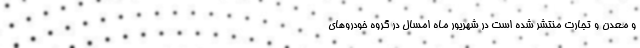
و معدن و تجارت منتشر شده است در شهریور ماه امسال در گروه خودروهای